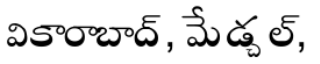
వికారాబాద్, మేడ్చల్,